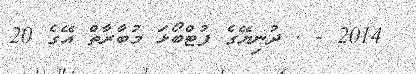
2014 - . ދުނިޔޭގެ ފުޓްބޯޅަ މުބާރާތް އޭގެ 20